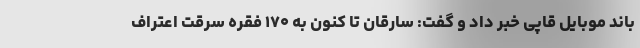
باند موبایل قاپی خبر داد و گفت: سارقان تا کنون به ۱۷۰ فقره سرقت اعتراف